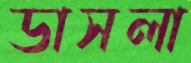
ডাসলা